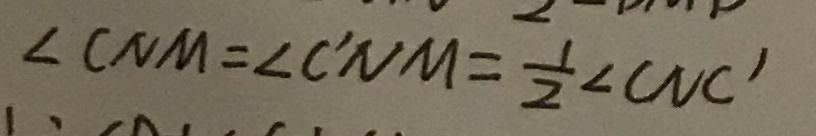
\angle C N M = \angle C ^ { \prime } N M = \frac { 1 } { 2 } \angle C N C ^ { \prime }